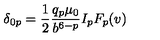
\delta _ { 0 p } = { \frac { 1 } { 2 } } { \frac { q _ { p } \mu _ { 0 } } { b ^ { 6 - p } } } I _ { p } F _ { p } ( v )